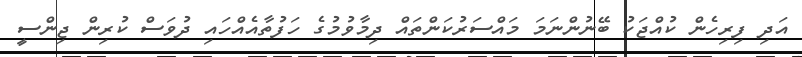
އަދި ފިރިހެން ކުއްޖަކު ބޭނުންނަމަ މައްސަރުކަންތައް ދިމާވުމުގެ ހަފުތާއެއްހައި ދުވަސް ކުރިން ޖިންސީ